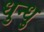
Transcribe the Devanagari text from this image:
धुन्धु